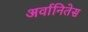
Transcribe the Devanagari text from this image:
अर्वानितेस